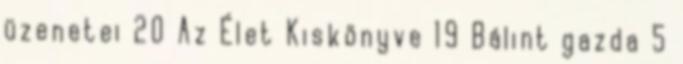
üzenetei 20 Az Élet Kiskönyve 19 Bálint gazda 5